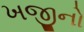
ખજીનો